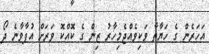
އަހަރެން ގެ ހަޔާތާ ވަކިވެއްޖެމިހާރު ޒިން ގެ ކޮއްކޮ ވަރަށް އުފާވާނެ ދޯ